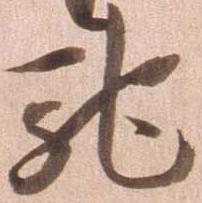
馳